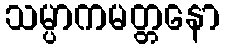
သမ္ပာကမတ္တနော